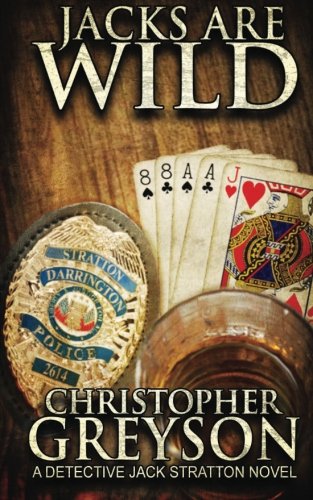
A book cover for Jacks Are Wild; Christopher Greyson; Mystery, Thriller & Suspense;